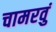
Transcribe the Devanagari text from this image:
चामरवुं